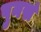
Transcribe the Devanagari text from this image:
पुनसं